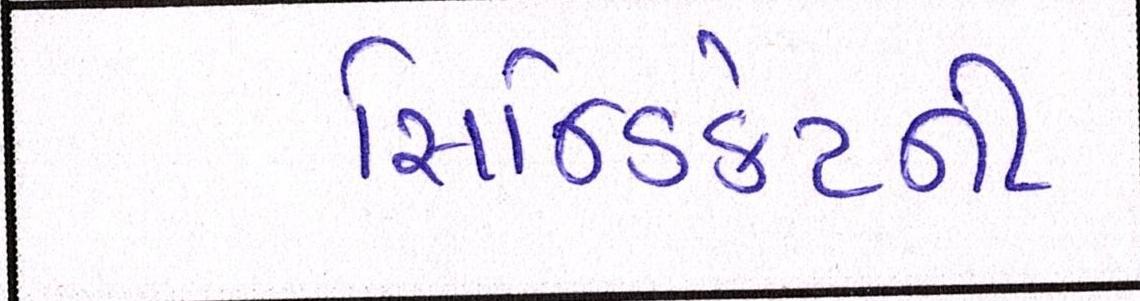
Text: સિન્ડિકેટની